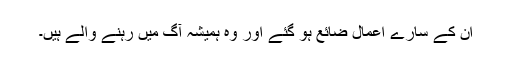
اُن کے سارے اعمال ضائع ہو گئے اور وہ ہمیشہ آگ میں رہنے والے ہیں۔